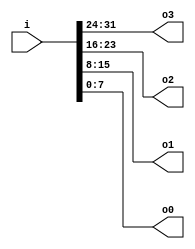
module v468a05_v9a2a06 (
    input [31:0] i,   
    output [7:0] o3,  
    output [7:0] o2,  
    output [7:0] o1,  
    output [7:0] o0   
);
assign o3 = i[31:24]; 
assign o2 = i[23:16];
assign o1 = i[15:8];
assign o0 = i[7:0];
endmodule